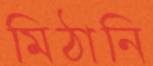
মিঠানি